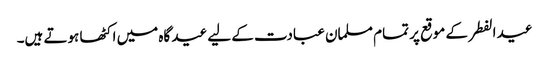
عید الفطر کے موقع پر تمام مسلمان عبادت کے لیے عید گاہ میں اکٹھا ہوتے ہیں۔